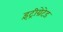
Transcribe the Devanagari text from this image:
इंट्रीग्रेटेड